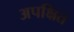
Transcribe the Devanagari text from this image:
अपक्षित